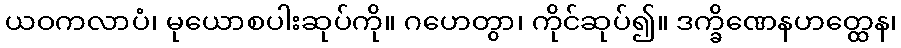
ယဝကလာပံ၊ မုယောစပါးဆုပ်ကို။ ဂဟေတွာ၊ ကိုင်ဆုပ်၍။ ဒက္ခိဏေနဟတ္ထေန၊